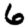
Digit: 6